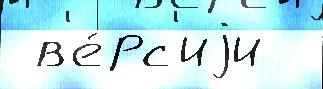
 в'е́рс'иjи